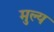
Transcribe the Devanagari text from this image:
मुल्‍य